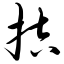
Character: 拮